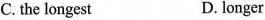
C. the longest D. longer